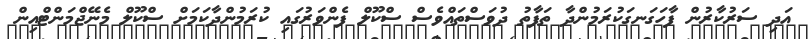
އަދި ސަރުކާރުން ފާހަގަނގަކުރަމުންދާ ތަފާތު ދުވަސްތައްވެސް ސްކޫލް ފެންވަރުގައި ކުރަމުންދާކަމަށް ސްކޫލް މެނޭޖްމަންޓްއިން